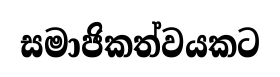
සමාජිකත්වයකට